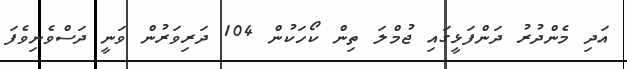
އަދި މެންދުރު ދަންފަޅީގައި ޖުމްލަ ތިން ކޯހަކުން 104 ދަރިވަރުން ވަނީ ދަސްވެނިވެފަ